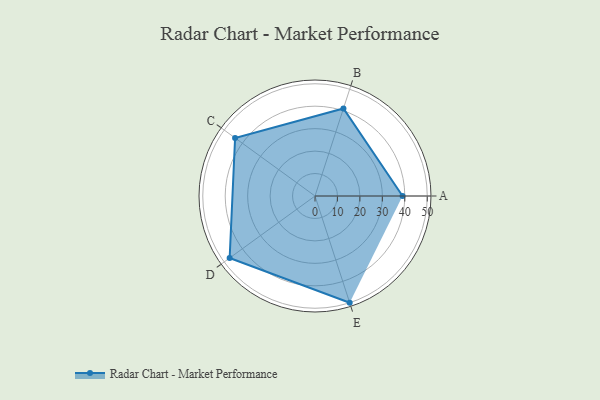
{"axis": {"x": "Skill", "y": "Score"}, "legend": ["Profile"], "data": [{"x": "A", "y": 39.0, "type": "Profile"}, {"x": "B", "y": 41.0, "type": "Profile"}, {"x": "C", "y": 44.0, "type": "Profile"}, {"x": "D", "y": 47.0, "type": "Profile"}, {"x": "E", "y": 50.0, "type": "Profile"}]}